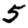
Digit: 5